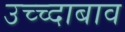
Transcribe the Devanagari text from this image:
उच्च्दाबाव